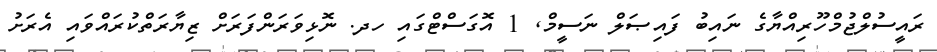
ރައީސުލްޖުމްހޫރިއްޔާގެ ނައިބު ފައިޞަލް ނަސީމް